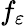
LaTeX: f_{\varepsilon}